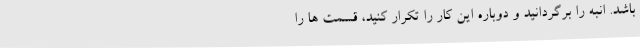
باشد. انبه را برگردانید و دوباره این کار را تکرار کنید، قسمت ها را